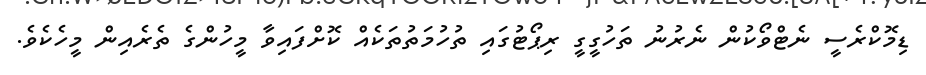
ޑިމޮކްރެސީ ނެޓްވޯކުން ނެރުނު ތަހުގީގީ ރިޕޯޓުގައި ތުހުމަތުތަކެއް ކޮށްފައިވާ މީހުންގެ ތެރެއިން މީހެކެވެ.